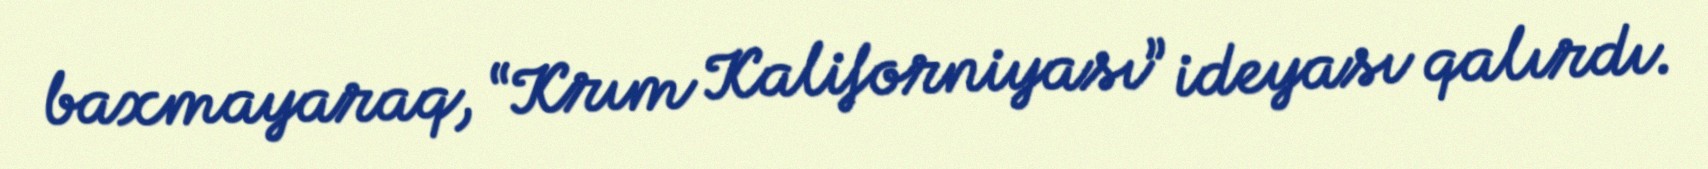
baxmayaraq, “Krım Kaliforniyası” ideyası qalırdı.